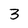
Character: 3